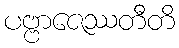
ပဗ္ဗာဇေဿတီတိ